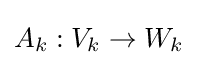
A_{k}:V_{k}\to W_{k}